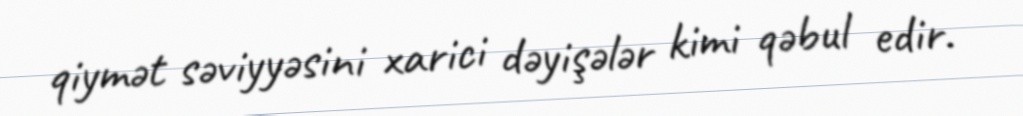
qiymət səviyyəsini xarici dəyişələr kimi qəbul edir.